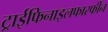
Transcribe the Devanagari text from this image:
ट्राईफिनाइलफास्फीन